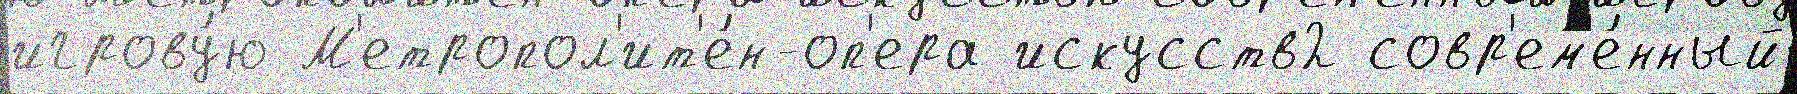
игрову́ю М'етропол'ит'е́н-оп'ера искусств2 совр'ем'е́нный